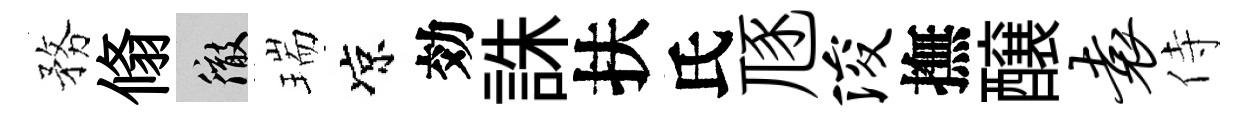
務翛徹瑞凉効誅扶氏豗浚撫醸袁侍